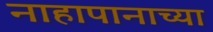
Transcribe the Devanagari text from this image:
नाहापानाच्या